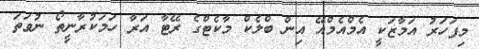
މިފަހަރު އަމާޒަކީ އެމްއެމްއޭ އިން ބްލެކް މާކެޓްގެ ރޭޓާ އަރާ ހަމަކުރާނީތޯ ނުވަތަ